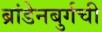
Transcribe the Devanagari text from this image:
ब्रांडेनबुर्गची